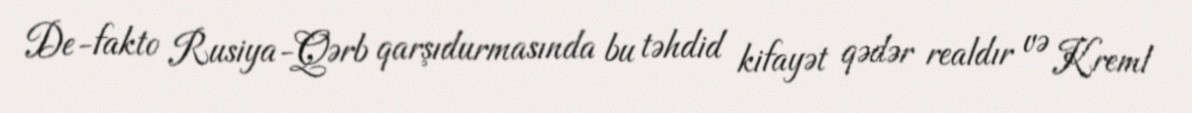
De-fakto Rusiya-Qərb qarşıdurmasında bu təhdid kifayət qədər realdır və Kreml